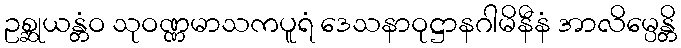
ဥစ္ဆုယန္တံဝ သုဝဏ္ဏမာသကပူရံ ဒေသနာဝုဋ္ဌာနဂါမိနီနံ အာလိမ္ပေန္တိ